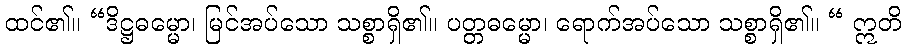
ထင်၏။ “ဒိဋ္ဌဓမ္မော၊ မြင်အပ်သော သစ္စာရှိ၏။ ပတ္တဓမ္မော၊ ရောက်အပ်သော သစ္စာရှိ၏။ “ ဣတိ